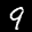
Label: 9